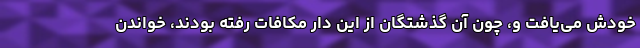
خودش می‌یافت و، چون آن گذشتگان از این دار مکافات رفته بودند، خواندن